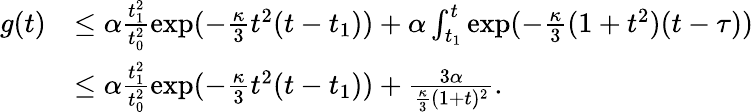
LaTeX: \begin{array}{rl}{g(t)}&{\le\alpha\frac{t_{1}^{2}}{t_{0}^{2}}\exp(-\frac\kappa 3t^{2}(t-t_{1}))+\alpha\int_{t_{1}}^{t}\exp(-\frac\kappa 3(1+t^{2})(t-\tau))}\\ &{\le\alpha\frac{t_{1}^{2}}{t_{0}^{2}}\exp(-\frac\kappa 3t^{2}(t-t_{1}))+\frac{3\alpha}{\frac\kappa 3(1+t)^{2}}.}\end{array}